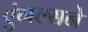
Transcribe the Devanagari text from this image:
एंगल्सने